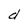
Character: d